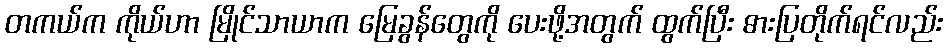
တကယ်က ကိုယ်ဟာ မြိုင်သာယာက မြေခွန်တွေကို ပေးဖို့အတွက် ထွက်ပြီး ဓားပြတိုက်ရင်လည်း